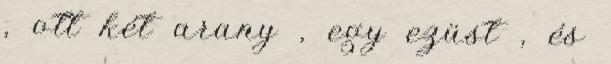
, ott két arany , egy ezüst , és